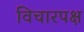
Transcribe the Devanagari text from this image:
विचारपक्ष